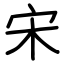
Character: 宋